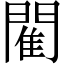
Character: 閵